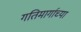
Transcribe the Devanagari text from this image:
गतिमार्गाच्या